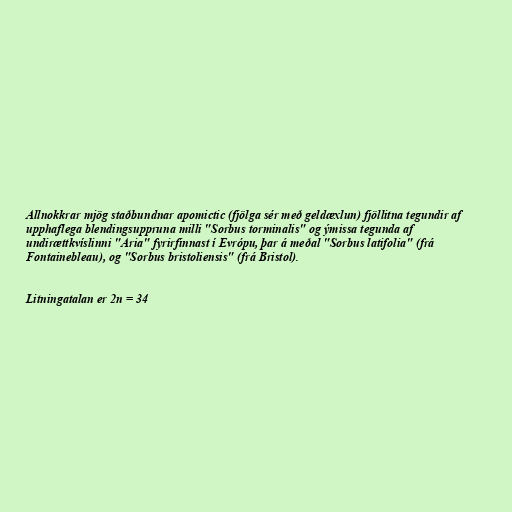
Allnokkrar mjög staðbundnar apomictic (fjölga sér með geldæxlun) fjöllitna tegundir af
upphaflega blendingsuppruna milli "Sorbus torminalis" og ýmissa tegunda af
undirættkvíslinni "Aria" fyrirfinnast í Evrópu, þar á meðal "Sorbus latifolia" (frá
Fontainebleau), og "Sorbus bristoliensis" (frá Bristol).

Litningatalan er 2n = 34